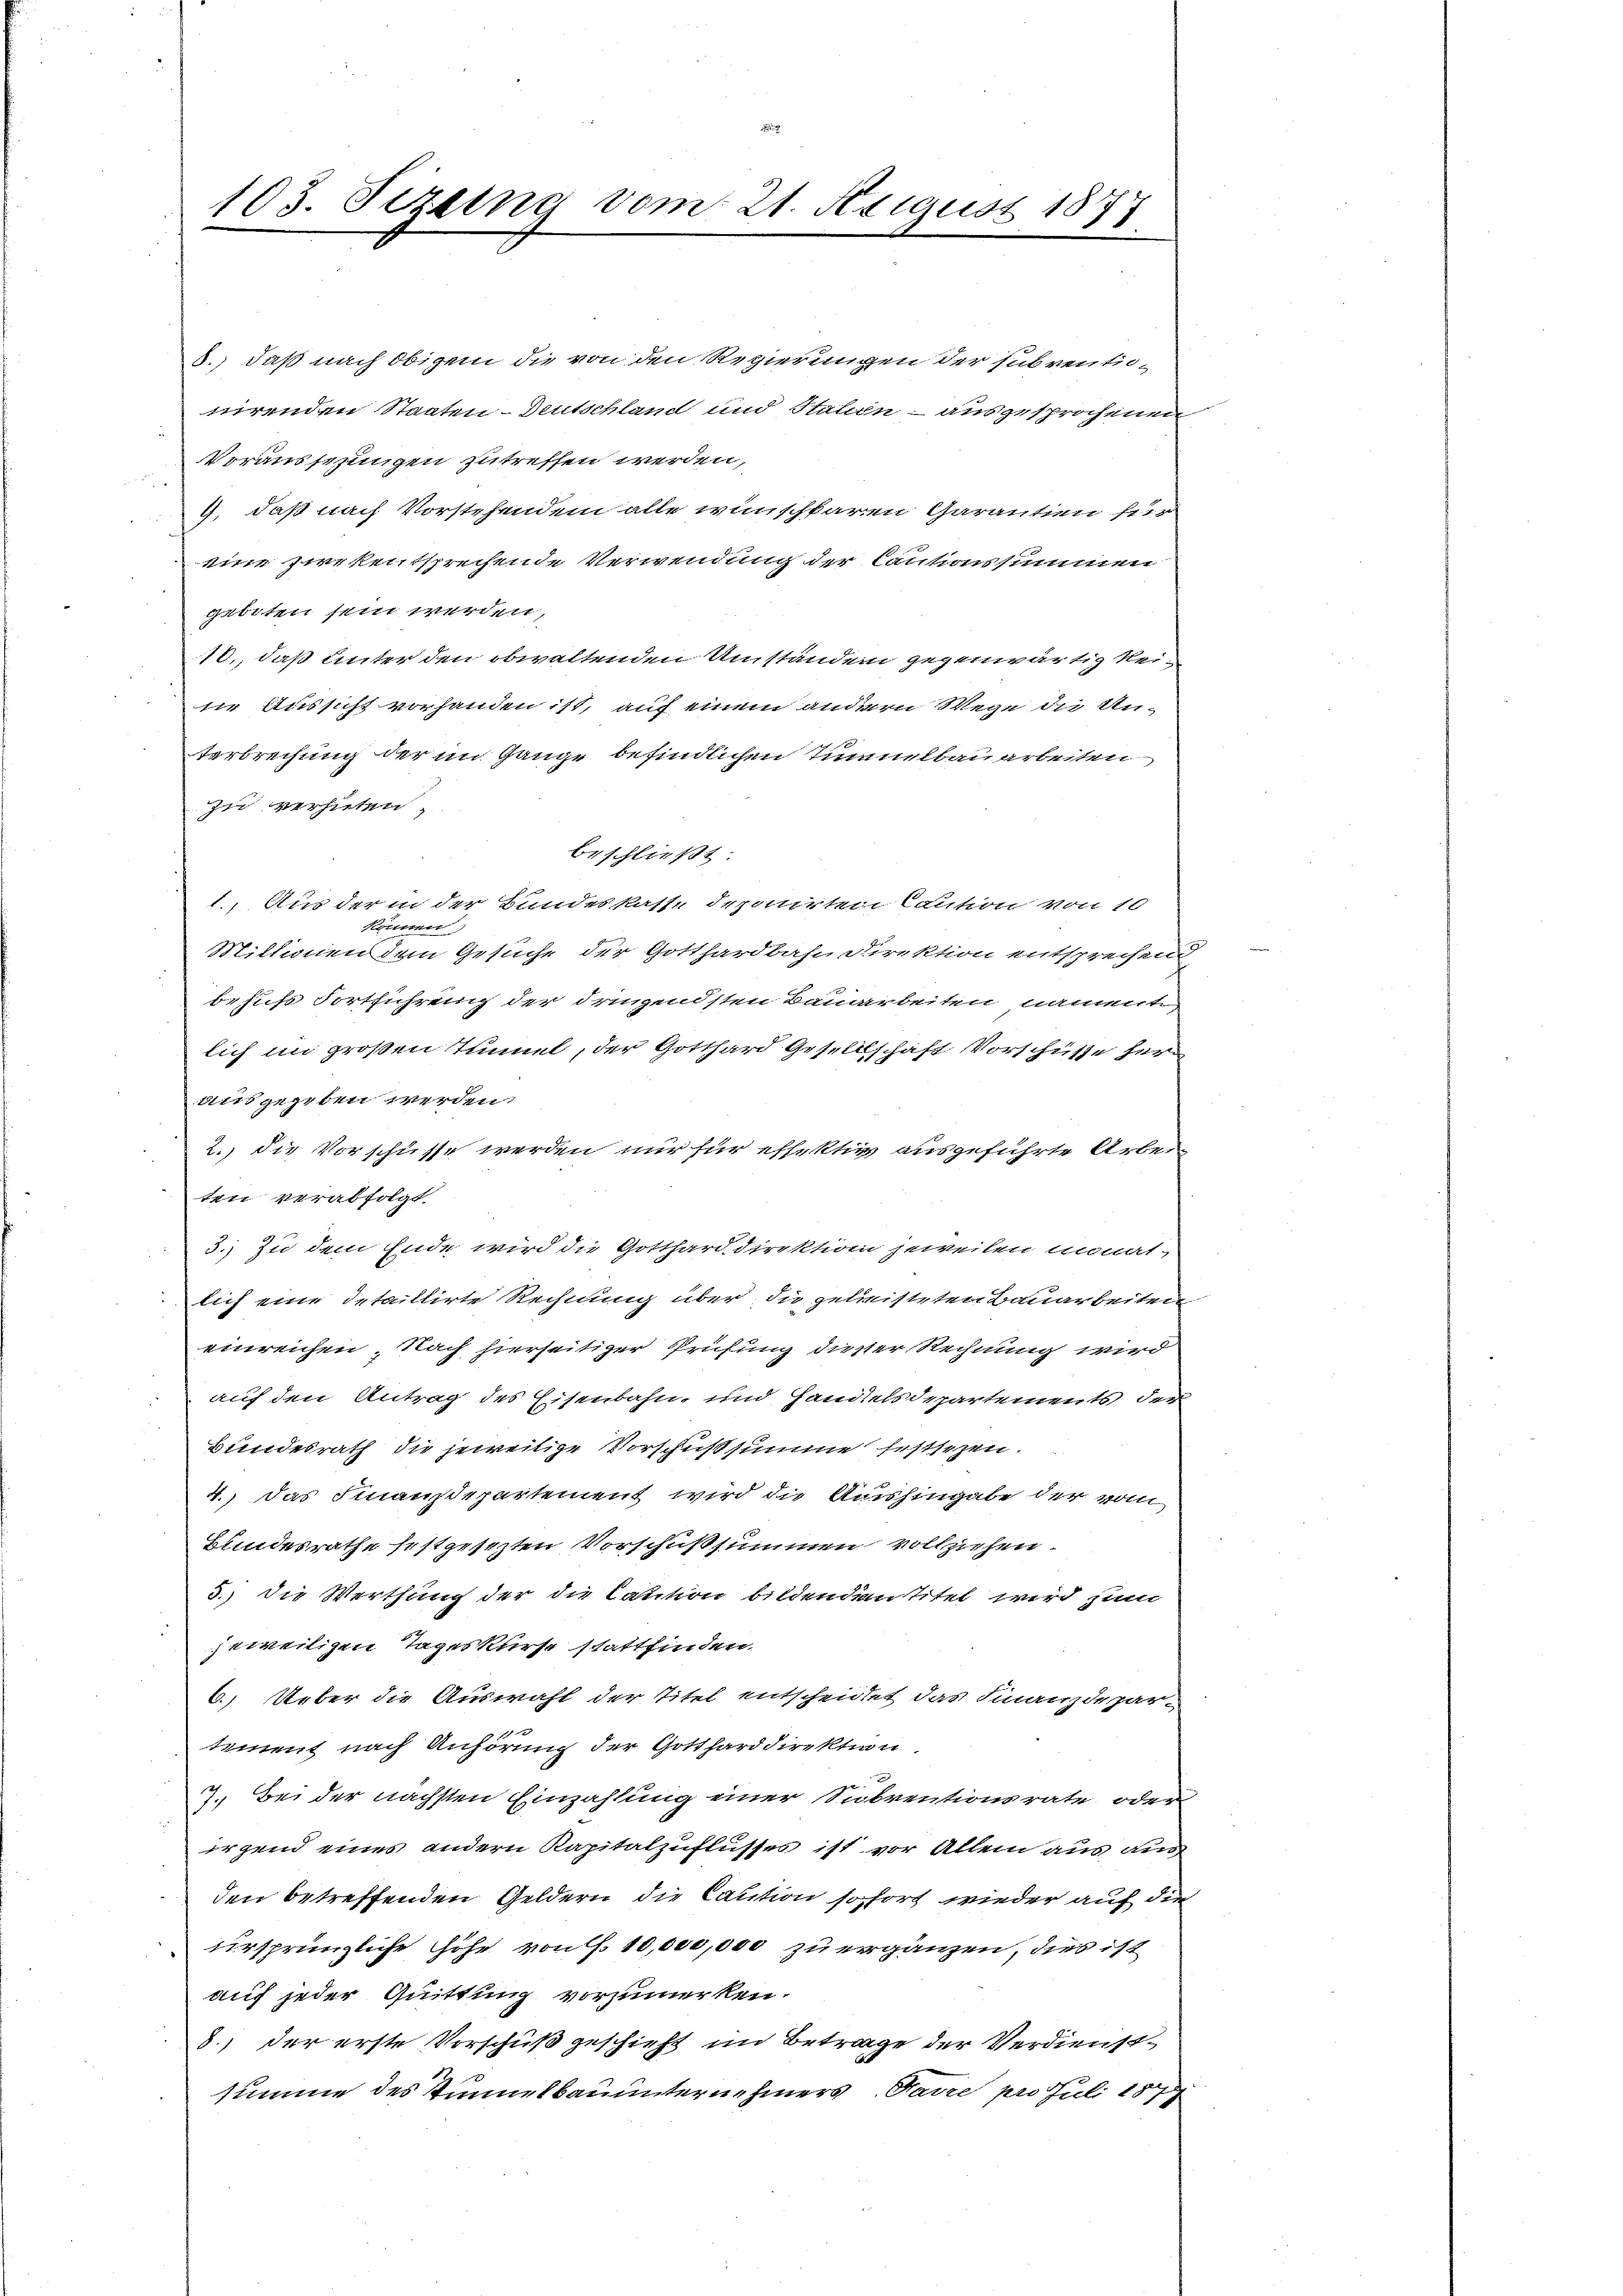
103. Sizung vom 21. August 1877

.) daß nach obigen die von den Regierungen der subventio-
nirenden Staaten-Deutschland und Hahin - ausgesprochenen
Voraussezungen zu treffen werden,
9. daß nach Vorstehendem alle wünschbaren Garantien für
eine zirkentsprechende Verwendung der Cautionssummen
geboten sein werden,
10., daß Unter den obwaltenden Umständen gegenwärtig keiiie Aussicht vorhanden ist, auf einem andern Wege die Un-
terbrechung der im Gange befindlichen Tinuelbau arbeiten
zu verhüten,
beschließt:
1. Aus der in der Bundeskasse deponirten Caution von 10
können,
Mittwen dem Gesuche der Gotthardbahn Direktion entsprechen,
behufs Fortführung der dringendsten Bauarbeiten, namente,
lich im großen Tunnel, der Gotthard Gesellschaft Vorschüsse her
ausgegeben werden.
2.) die Vorschüsse werden nur für effektiv ausgeführte Arbeiten verabfolgt.
3.) Zu dem Ende wird die Gotthard direktion jeweilen unnat-
lich eine detaillirte Rechnung über die geleisteten Bauarbeiten
einreichen, Nach hierseitiger Prüfung dieser Rechnung wird
auf den Antrag des Eisenbahn und Handelsdepartements der
Bundesrath die jeweitige Vorschußsumme festsezen.
4.) Das Finansepartement wird die Aushingabe der von
Bundesrathe festgesezten Vorschußsummen vollziehen.
3.) Die Werthung der die Caution bildendian Titel wird zum
jeweiligen Tageskurse stattfinden.
6.) Ueber die Auswahl der Titel entscheidet das Finanzdepartement nach Anhörung der Gotthard direktion.
7. Bei der nächsten Einzahlung einer Subventionsrate oder
irgend eines andern Kapitalzuflusses ist vor Allem aus aus
den betreffenden Geldern die Caution sofort wieder auf die
ursprüngliche Höhe von f. 10,000,000 zu ergänzen, dies ist
auf jeder Quittung vorzumerken.
8) der erste Vorschuß geschieht im Betrage der Verdienstsumme des Tunnelbauunternehmers Favre pro Juli 187